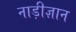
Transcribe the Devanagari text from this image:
नाड़ीज्ञान